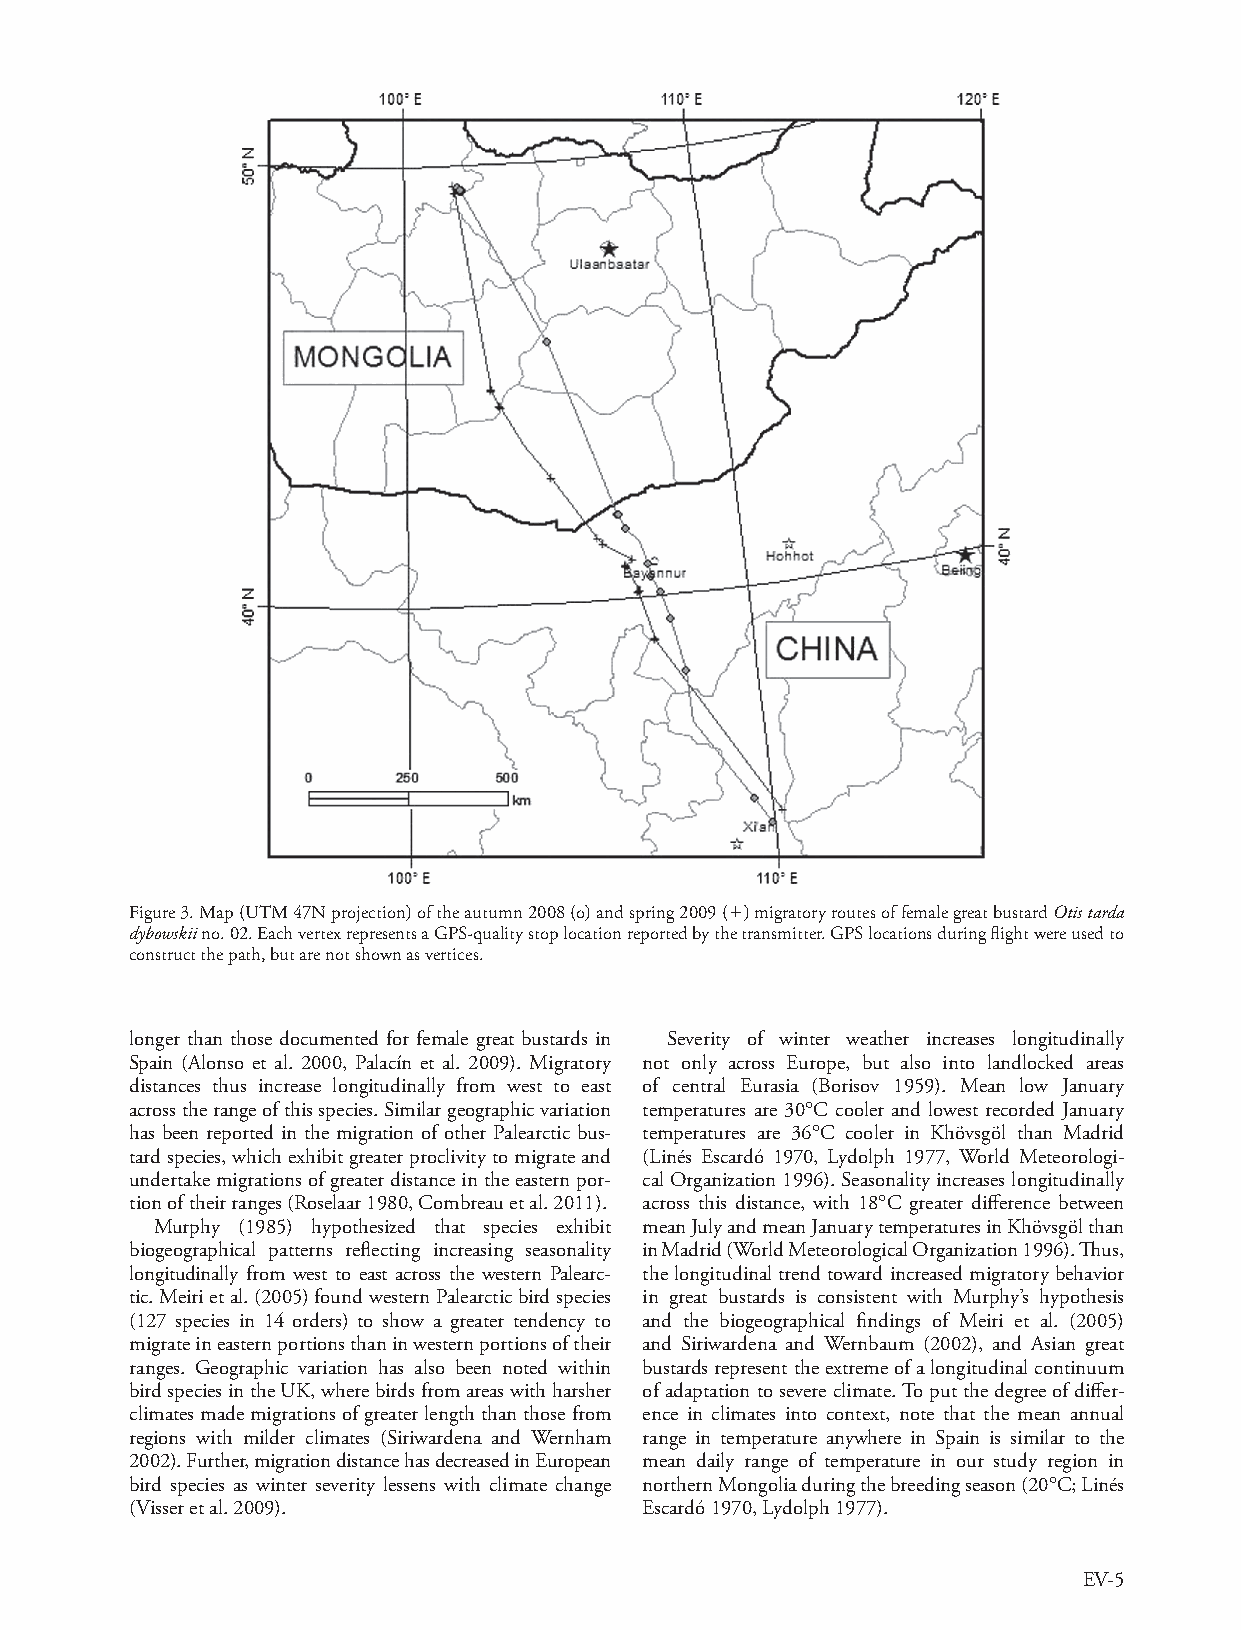
Figure 3. Map (UTM 47N projection) of the autumn 2008 (o) and spring 2009 () migratory routes of female great bustard Otis tarda
 dybowskii no. 02. Each vertex represents a GPS-quality stop location reported by the transmitter. GPS locations during flight were used to
 construct the path, but are not shown as vertices.
 longer than those documented for female great bustards in Severity of winter weather increases longitudinally
 Spain (Alonso et al. 2000, Palacín et al. 2009). Migratory not only across Europe, but also into landlocked areas
 distances thus increase longitudinally from west to east of central Eurasia (Borisov 1959). Mean low January
 across the range of this species. Similar geographic variation temperatures are 30°C cooler and lowest recorded January
 has been reported in the migration of other Palearctic bus- temperatures are 36°C cooler in Khövsgöl than Madrid
 tard species, which exhibit greater proclivity to migrate and (Linés Escardó 1970, Lydolph 1977, World Meteorologi-
 undertake migrations of greater distance in the eastern por- cal Organization 1996). Seasonality increases longitudinally
 tion of their ranges (Roselaar 1980, Combreau et al. 2011). across this distance, with 18°C greater difference between
 Murphy (1985) hypothesized that species exhibit mean July and mean January temperatures in Khövsgöl than
 biogeographical patterns reflecting increasing seasonality in Madrid (World Meteorological Organization 1996). Thus,
 longitudinally from west to east across the western Palearc- the longitudinal trend toward increased migratory behavior
 tic. Meiri et al. (2005) found western Palearctic bird species in great bustards is consistent with Murphy’s hypothesis
 (127 species in 14 orders) to show a greater tendency to and the biogeographical findings of Meiri et al. (2005)
 migrate in eastern portions than in western portions of their and Siriwardena and Wernbaum (2002), and Asian great
 ranges. Geographic variation has also been noted within bustards represent the extreme of a longitudinal continuum
 bird species in the UK, where birds from areas with harsher of adaptation to severe climate. To put the degree of differ-
 climates made migrations of greater length than those from ence in climates into context, note that the mean annual
 regions with milder climates (Siriwardena and Wernham range in temperature anywhere in Spain is similar to the
 2002). Further, migration distance has decreased in European mean daily range of temperature in our study region in
 bird species as winter severity lessens with climate change northern Mongolia during the breeding season (20°C; Linés
 (Visser et al. 2009).             Escardó 1970, Lydolph 1977).
 EV-5